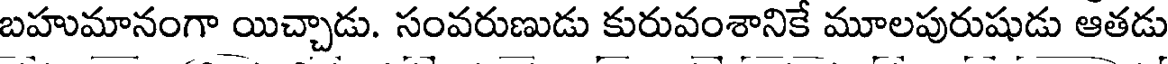
బహుమానంగా యిచ్చాడు. సంవరుణుడు కురువంశానికే మూలపురుషుడు ఆతడు